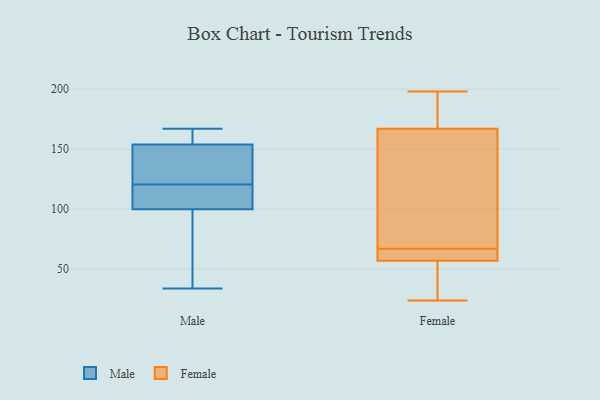
{"axis": {"x": "Energy Usage (MWh)", "y": "Value"}, "legend": ["Female", "Male"], "data": [{"x": "", "y": 105, "type": "Male"}, {"x": "", "y": 52, "type": "Male"}, {"x": "", "y": 167, "type": "Male"}, {"x": "", "y": 154, "type": "Male"}, {"x": "", "y": 143, "type": "Male"}, {"x": "", "y": 100, "type": "Male"}, {"x": "", "y": 34, "type": "Male"}, {"x": "", "y": 108, "type": "Male"}, {"x": "", "y": 133, "type": "Male"}, {"x": "", "y": 155, "type": "Male"}, {"x": "", "y": 169, "type": "Female"}, {"x": "", "y": 24, "type": "Female"}, {"x": "", "y": 67, "type": "Female"}, {"x": "", "y": 61, "type": "Female"}, {"x": "", "y": 167, "type": "Female"}, {"x": "", "y": 57, "type": "Female"}, {"x": "", "y": 198, "type": "Female"}, {"x": "", "y": 162, "type": "Female"}, {"x": "", "y": 67, "type": "Female"}, {"x": "", "y": 38, "type": "Female"}]}